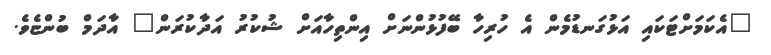
"އެކަމަށްޓަކައި އަޅުގަނޑުމެން އެ ހުރިހާ ބޭފުޅުންނަށް އިންތިހާއަށް ޝުކުރު އަދާކުރަން" އާދަމް ބުންޏެވެ.